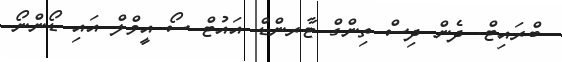
ބްރައިޓް. ދެން ދިސް ތިންގް ޓާރންޑް އައުޓް ސޯ އީވްލް އައި ޑޯންނޯ